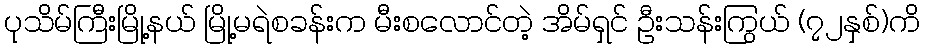
ပုသိမ်ကြီးမြို့နယ် မြို့မရဲစခန်းက မီးစလောင်တဲ့ အိမ်ရှင် ဦးသန်းကြွယ် (၇၂နှစ်)ကိ